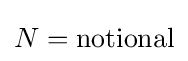
N={\text{notional}}